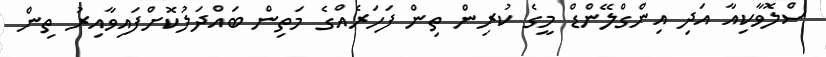
ސްލޮވާކިއާ އަދި އިންގްލޭންޑް މީގެ ކުރިން ތިން ފަހަރެއްގެ މަތިން ބައްދަލުކޮށްފައިވާއިރު ތިން